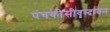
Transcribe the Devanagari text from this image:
पंचकोसीवृन्दावन